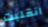
انقلبت